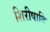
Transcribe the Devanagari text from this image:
शिरीषादि